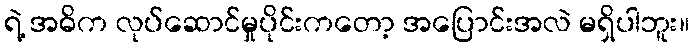
ရဲ့ အဓိက လုပ်ဆောင်မှုပိုင်းကတော့ အပြောင်းအလဲ မရှိပါဘူး။